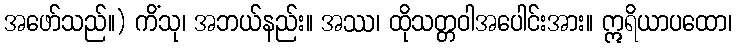
အဖော်သည်။) ကိံသု၊ အဘယ်နည်း။ အဿ၊ ထိုသတ္တဝါအပေါင်းအား။ ဣရိယာပထော၊